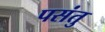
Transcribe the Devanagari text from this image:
पसंतु